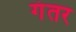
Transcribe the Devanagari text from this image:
गंतर